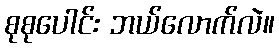
စုစုပေါင်း ဘယ်လောက်လဲ။